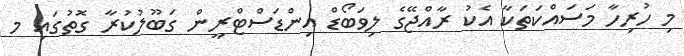
މި ހުރިހާ މަސައްކަތަކާ އެކު ރާއްޖޭގެ ލިވަބޯޑް އިންޑަސްޓްރީން ގަބޫލުކުރާ ގޮތުގައި މ